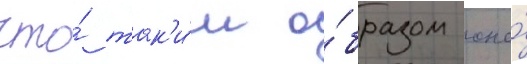
что́ так'и́м о́бразом она́